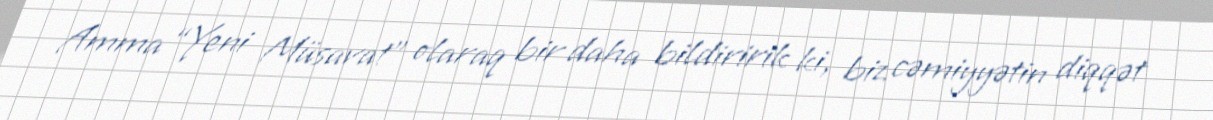
Amma “Yeni Müsavat” olaraq bir daha bildiririk ki, biz cəmiyyətin diqqət